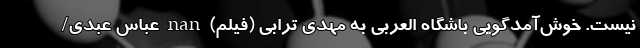
نیست. خوش‌آمدگویی باشگاه العربی به مهدی ترابی (فیلم) nan عباس عبدی/